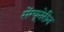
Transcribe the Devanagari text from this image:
सेंग्यूनेरीन